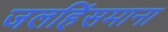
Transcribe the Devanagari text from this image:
जलहिंसमाना